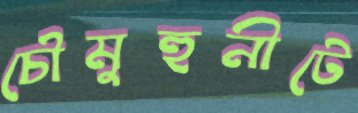
চৌমুহুনীটে